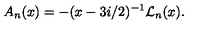
A _ { n } ( x ) = - ( x - 3 i / 2 ) ^ { - 1 } { \cal L } _ { n } ( x ) .